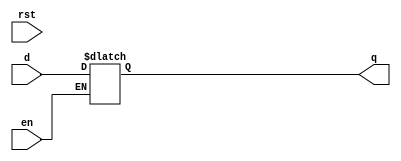
`timescale 1ns/1ps
module d_latch (q,d,en,rst);
  input en,rst,d;
  output reg q;
  
  always @ (en,rst) begin
    if (rst)
      q<=0;
    if(en) q<=d;
    else q<=q;
  end
endmodule

//Testbench

`timescale 1ns/1ps
module dlatch_tb();
  reg en,d,rst;
  wire q;
  
  d_latch dl1 (.en(en), .d(d), .rst(rst), .q(q));
  
  initial begin
    en = 0;
    rst =1;
    d =0;
    $dumpfile("dlatch_tb.vcd");
    $dumpvars();
    
  end
  
  
  always en =#5 ~en;
  
  initial begin
    #2 rst =0;
    repeat(5) #10 d=~d;
    #200 $finish;
  end
  
endmodule